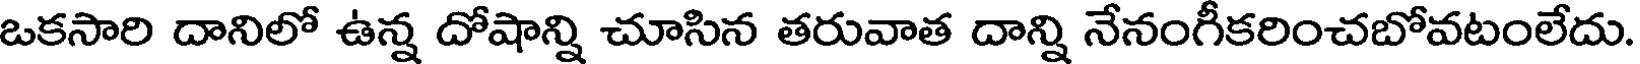
ఒకసారి దానిలో ఉన్న దోషాన్ని చూసిన తరువాత దాన్ని నేనంగీకరించబోవటంలేదు.